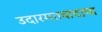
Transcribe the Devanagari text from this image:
उदारमतवादाचा